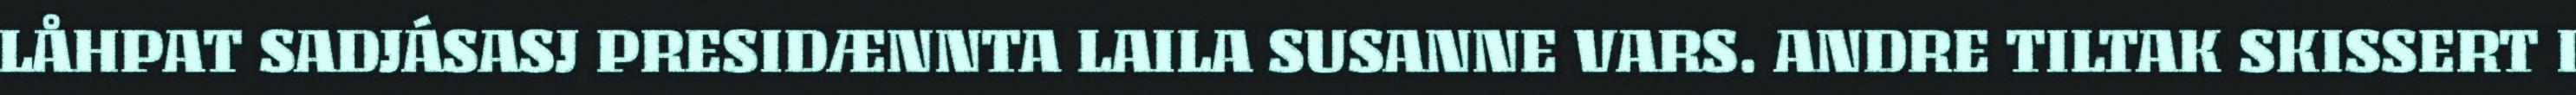
LÅHPAT SADJÁSASJ PRESIDÆNNTA LAILA SUSANNE VARS. ANDRE TILTAK SKISSERT I